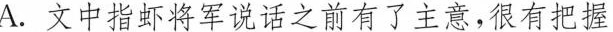
A.文中指虾将军说话之前有了主意，很有把握